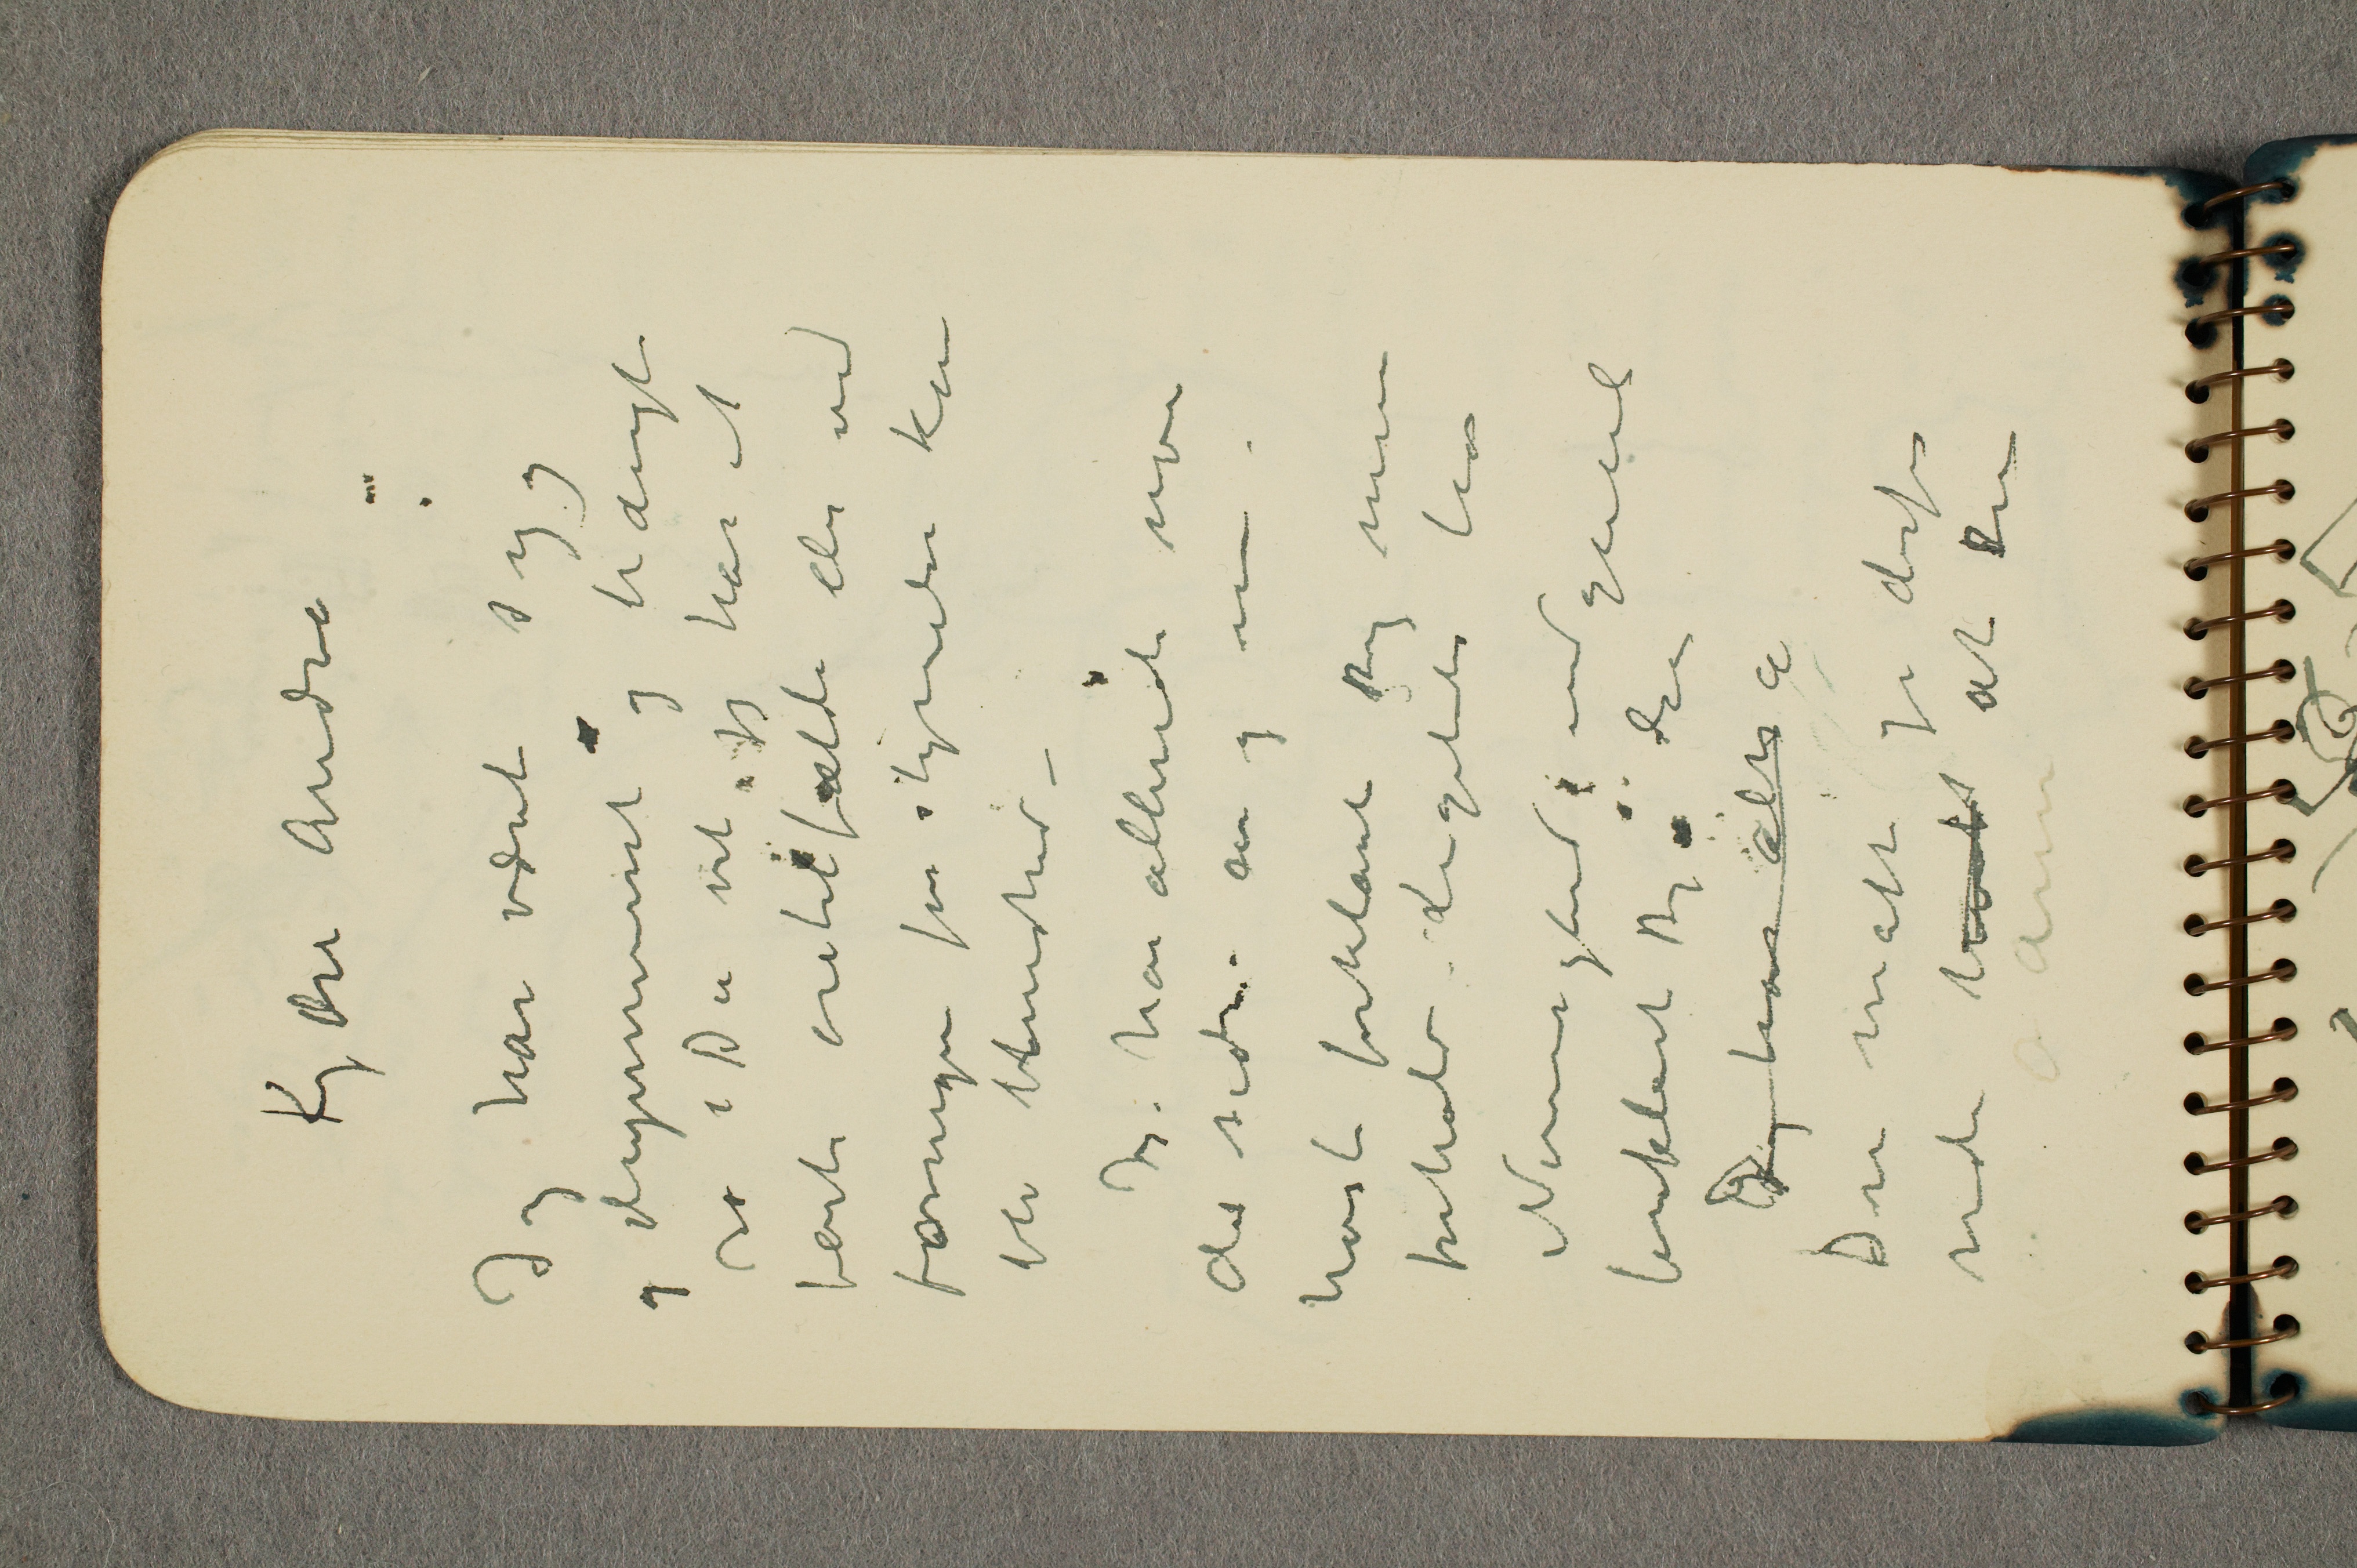
Kjære Andrea
Jeg har været syg
og deprimeret og trængt
ro – Du vet jeg har et
farli øietilfælde der ved
formegen forstyrrelse kan
bli blindhed  –
Jeg har allerede noe
der siden – en og ...
høst forklaret Dig mine
forhold – Ligeledes har
Nørregaard indgående
forklaret Dig det
Jeg har altså
Du måtte jo derfor
vide hv... at Du